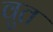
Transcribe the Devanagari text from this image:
वुत